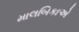
માલબિકાએ